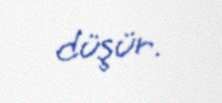
düşür.